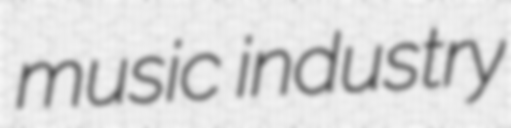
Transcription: music industry